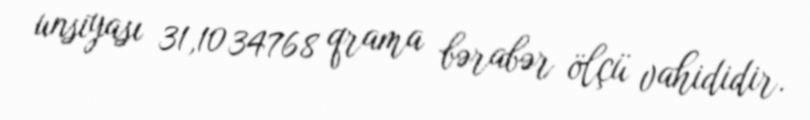
unsiyası 31,1034768 qrama bərabər ölçü vahididir.